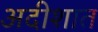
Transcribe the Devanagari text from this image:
अदीशात